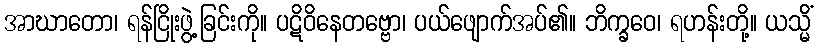
အာဃာတော၊ ရန်ငြိုးဖွဲ့ခြင်းကို။ ပဋိဝိနေတဗ္ဗော၊ ပယ်ဖျောက်အပ်၏။ ဘိက္ခဝေ၊ ရဟန်းတို့။ ယသ္မိံ